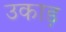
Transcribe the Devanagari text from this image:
उकाड़